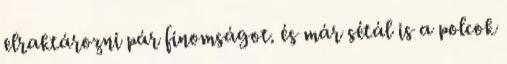
elraktározni pár finomságot. és már sétál is a polcok